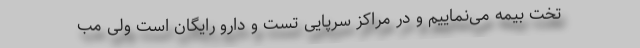
تخت بیمه می‌نماییم و در مراکز سرپایی تست و دارو رایگان است ولی مب